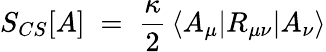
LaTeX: S_{CS}[A]\; =\; \frac{\kappa}{2}\, \langle A_{\mu}|R_{\mu\nu}|A_{\nu}\rangle